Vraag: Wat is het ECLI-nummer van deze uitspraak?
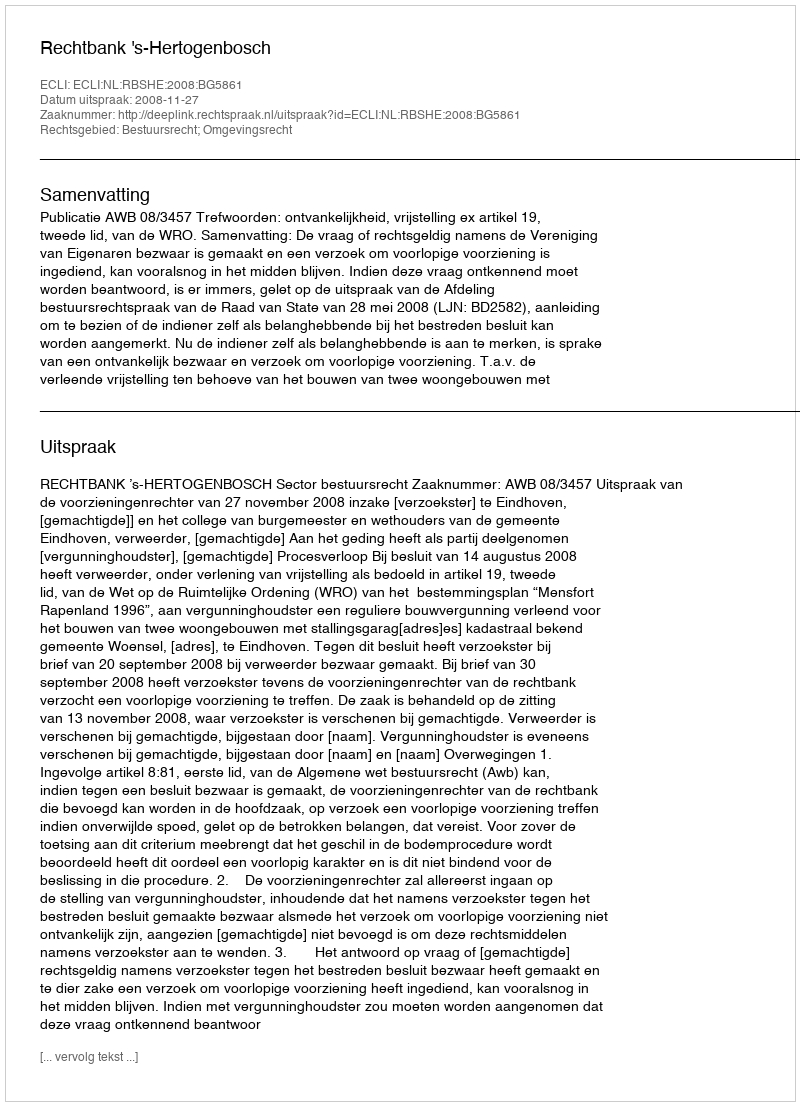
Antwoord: ECLI:NL:RBSHE:2008:BG5861